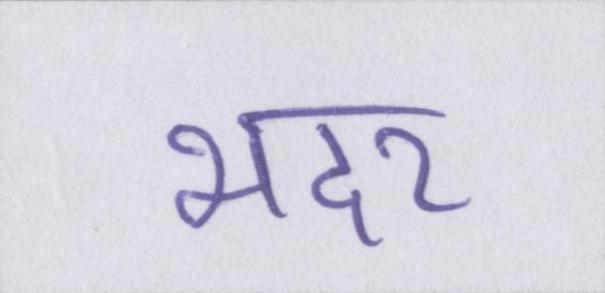
भदर